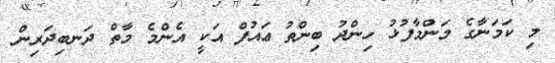
މި ކަމަނާގެ މަންމާފުޅު ހިންދު ބިންތު ޢައުފް އަކީ އެންމެ މާތް ދަނބިދަރިން